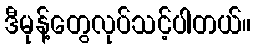
ဒီမုန့်တွေလုပ်သင့်ပါတယ်။